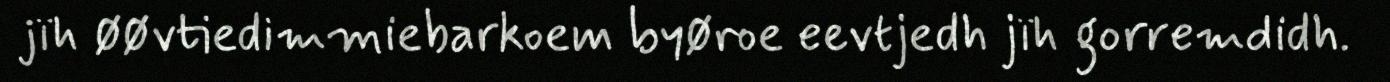
jïh øøvtiedimmiebarkoem byøroe eevtjedh jïh gorremdidh.